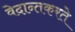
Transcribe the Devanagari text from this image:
वेदान्तकरते